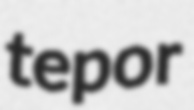
tepor